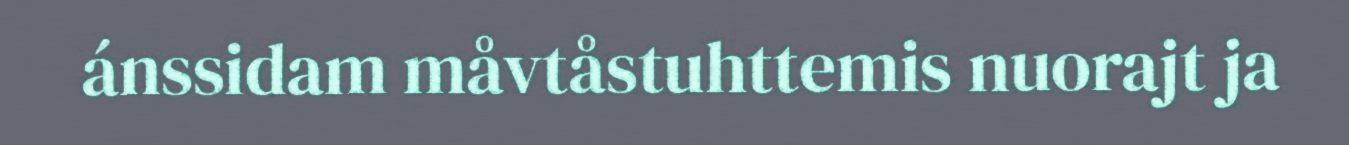
ánssidam måvtåstuhttemis nuorajt ja